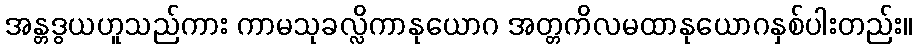
အန္တဒွယဟူသည်ကား ကာမသုခလ္လိကာနုယောဂ အတ္တကိလမထာနုယောဂနှစ်ပါးတည်း။